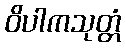
ဝိပါကသုတ္တံ